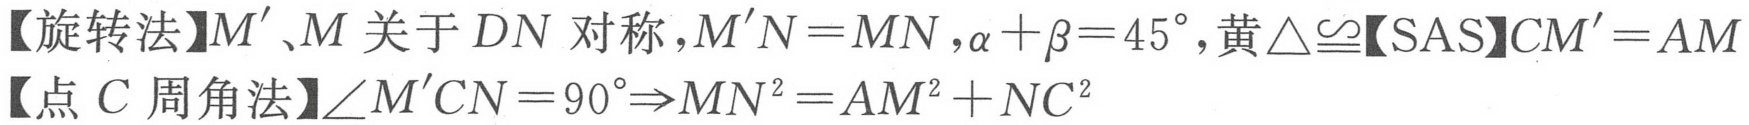
【旋转法】\(M'\)、\(M\)关于\(DN\)对称，\(M'N = MN\)，\(\alpha+\beta = 45^{\circ}\)，黄\(\triangle\cong\)【SAS】\(CM' = AM\)
【点\(C\)周角法】\(\angle M'CN = 90^{\circ}\Rightarrow MN^{2}=AM^{2}+NC^{2}\)